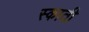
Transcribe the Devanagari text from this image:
स्काती